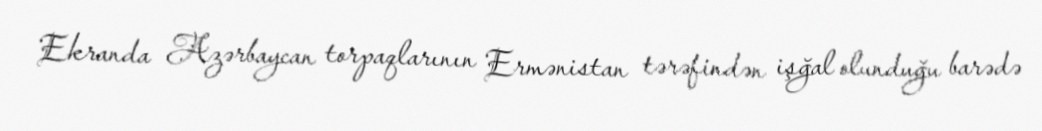
Ekranda Azərbaycan torpaqlarının Ermənistan tərəfindən işğal olunduğu barədə